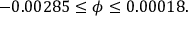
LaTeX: - 0 . 0 0 2 8 5 \leq \phi \leq 0 . 0 0 0 1 8 .